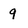
Character: 9